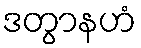
ဒတွာနဟံ